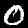
Label: 0